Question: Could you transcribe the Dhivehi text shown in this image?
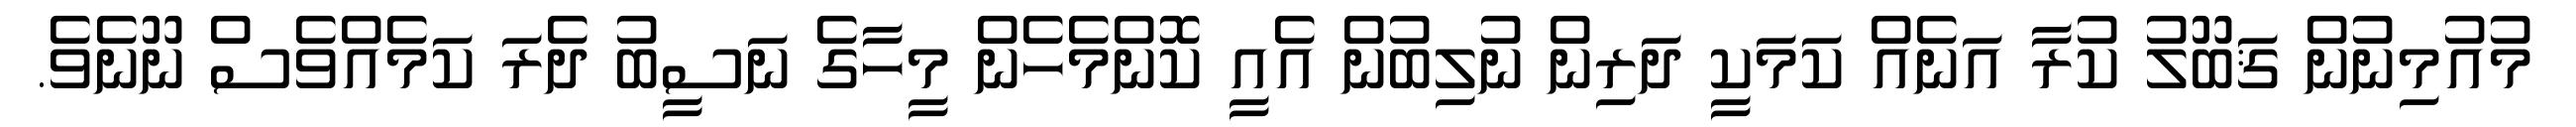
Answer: މުއުމިނުން ޤަބޫލު ކުރާ އަނެއް ކަމަކީ ދަރިން ނުލިބުން އެއީ ކޮންމެހެން މީހާގެ ނަސީބު ދެރަ ކަމެއްވެސް ނޫނެވެ.